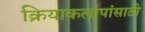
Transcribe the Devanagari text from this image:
क्रियाकलापांसाठी